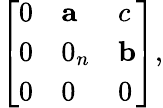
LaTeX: {\left[\begin{array}{lll}{0}&{\mathbf{a}}&{c}\\ {0}&{0_{n}}&{\mathbf{b}}\\ {0}&{0}&{0}\end{array}\right]},